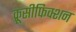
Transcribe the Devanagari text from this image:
क्रूसीफिक्शन